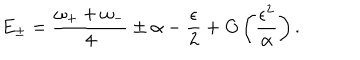
LaTeX: E _ { \pm } = { \frac { \omega _ { + } + \omega _ { - } } { 4 } } \pm \alpha - { \frac { \epsilon } { 2 } } + O \left( { \frac { \epsilon ^ { 2 } } { \alpha } } \right) .